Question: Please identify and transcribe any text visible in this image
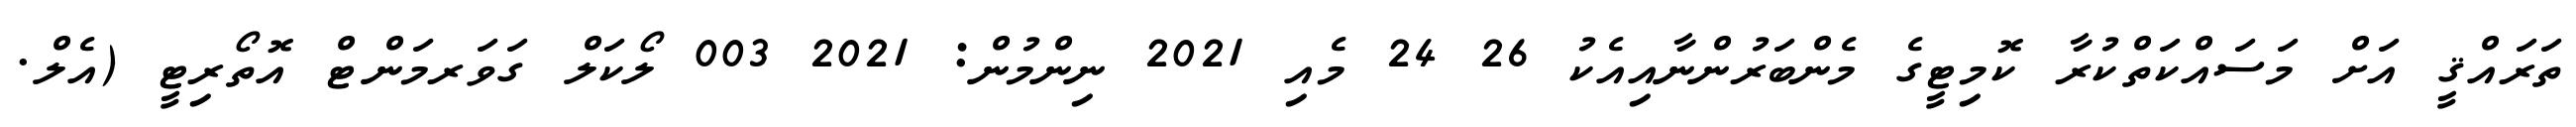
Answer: ތަރައްޤީ އަށް މަސައްކަތްކުރާ ކޮމިޓީގެ މެންބަރުންނާއިއެކު 26 24 މެއި 2021 ނިންމުން: 2021 003 ލޯކަލް ގަވަރމަންޓް އޮތޯރިޓީ (އެލް.